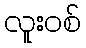
လူးဝစ်